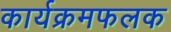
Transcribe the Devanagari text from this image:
कार्यक्रमफलक